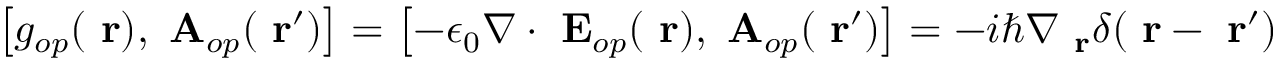
\left[ g _ { o p } ( \mathrm { \bf ~ r } ) , \mathrm { \bf ~ A } _ { o p } ( \mathrm { \bf ~ r } ^ { \prime } ) \right] = \left[ - \epsilon _ { 0 } \nabla \cdot \mathrm { \bf ~ E } _ { o p } ( \mathrm { \bf ~ r } ) , \mathrm { \bf ~ A } _ { o p } ( \mathrm { \bf ~ r } ^ { \prime } ) \right] = - i \hbar \nabla _ { \mathrm { \bf ~ r } } \delta ( \mathrm { \bf ~ r } - \mathrm { \bf ~ r } ^ { \prime } )